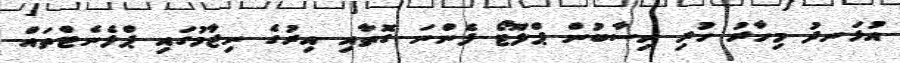
އުޅަނދު މިހާރު ހުރި ހިސާބުން ޕްލޫޓޯ ފެންނަ ގޮތާއި އިރުގެ ނިޒާމުގައި ޕްލެނެޓްތައް